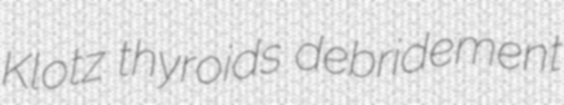
Klotz thyroids debridement